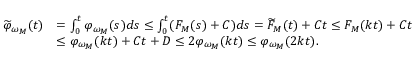
\begin{array} { r l } { \widetilde { \varphi } _ { \omega _ { M } } ( t ) } & { = \int _ { 0 } ^ { t } \varphi _ { \omega _ { M } } ( s ) d s \le \int _ { 0 } ^ { t } ( F _ { M } ( s ) + C ) d s = \widetilde { F } _ { M } ( t ) + C t \le F _ { M } ( k t ) + C t } \\ & { \le \varphi _ { \omega _ { M } } ( k t ) + C t + D \le 2 \varphi _ { \omega _ { M } } ( k t ) \le \varphi _ { \omega _ { M } } ( 2 k t ) . } \end{array}